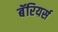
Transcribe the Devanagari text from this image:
बॅरियर्स